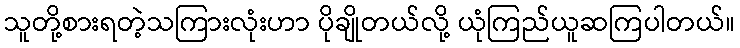
သူတို့စားရတဲ့သကြားလုံးဟာ ပိုချိုတယ်လို့ ယုံကြည်ယူဆကြပါတယ်။